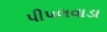
પીપલવાડા